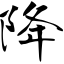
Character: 降